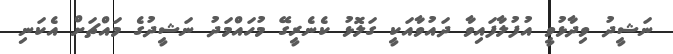
ނަޝީދު ވިދާޅުވީ އުފުލާފައިވާ ދައުވާއަކީ ގަލޮޅު ކެނެރީގޭ މުހައްމަދު ނަޝީދުގެ މައްޗަށް އެކަނި